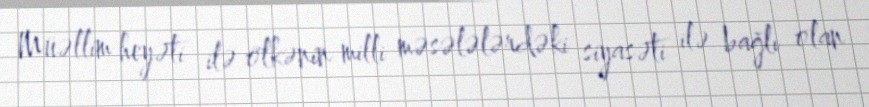
Müəllim heyəti ilə ölkənin milli məsələlərdəki siyasəti ilə bağlı olan